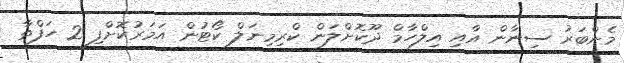
މެންބަރު ސިނާން އާއި އިލްހާމް ދޫކޮށްލަން ކްރިމިނަލް ކޯޓުން އަމަރުކޮށްފި 2 ހަފްތާ